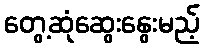
တွေ့ဆုံဆွေးနွေးမည့်